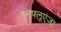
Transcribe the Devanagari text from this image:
इनफ्लूएंजा